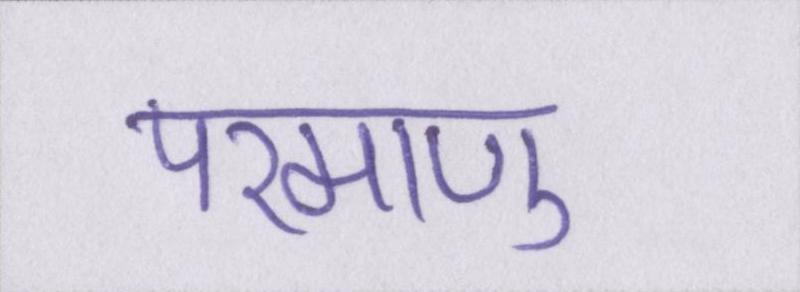
परमाणु